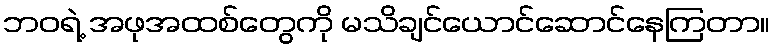
ဘဝရဲ့ အဖုအထစ်တွေကို မသိချင်ယောင်ဆောင်နေကြတာ။